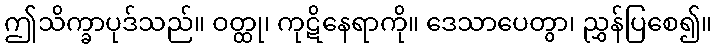
ဤသိက္ခာပုဒ်သည်။ ဝတ္ထု၊ ကုဋိနေရာကို။ ဒေသာပေတွာ၊ ညွှန်ပြစေ၍။